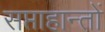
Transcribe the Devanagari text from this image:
सप्ताहान्तों